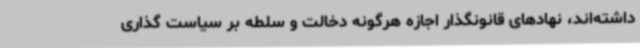
داشته‌اند، نهادهای قانونگذار اجازه هرگونه دخالت و سلطه بر سیاست گذاری